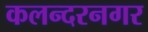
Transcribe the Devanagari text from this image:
कलन्दरनगर